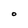
Character: O